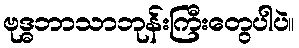
ဗုဒ္ဓဘာသာဘုန်းကြီးတွေပါပဲ။